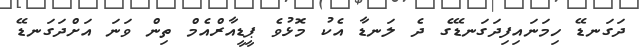
ދަގަނޑޭ ހިމަނައިފިދަގަނޑޭގެ ދެ ލަނޑާ އެކު މޮޅުވެ ޕީޑީއާރްއެމް ތިން ވަނަ އަށްދަގަނޑޭ